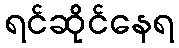
ရင်ဆိုင်နေရ